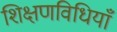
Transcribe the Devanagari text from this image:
शिक्षणविधियाँ